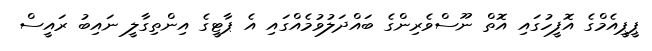
ޕީޕީއެމްގެ އޮފީހުގައި އޮތް ނޫސްވެރިންގެ ބައްދަލުވުމެއްގައި އެ ޕާޓީގެ އިންތިގާލީ ނައިބު ރައީސް